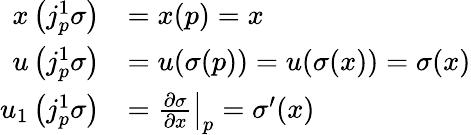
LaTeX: {\begin{array}{rl}{x\left(j_{p}^{1}\sigma\right)}&{=x(p)=x}\\ {u\left(j_{p}^{1}\sigma\right)}&{=u(\sigma(p))=u(\sigma(x))=\sigma(x)}\\ {u_{1}\left(j_{p}^{1}\sigma\right)}&{=\left.{\frac{\partial\sigma}{\partial x}}\right|_{p}=\sigma^{\prime}(x)}\end{array}}